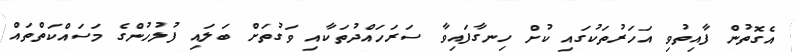
އެގޮތުން ފާއިތުވި އަހަރުތަކުގައި ކުށް ހިނގާފައިވާ ސަރަހައްދުތަކާއި ވަގުތަށް ބަލައި ފުލުހުންގެ މަސައްކަތްތައް